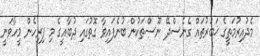
މެދުއިރުމަތީގެ ޚަބަރުތައް ގެނެސްދޭ ނޫސްތަކުން ބުނެފައިވާ ގޮތުގައި ދުބާއީގެ މި ފިރިހެން މީހާވަނީ